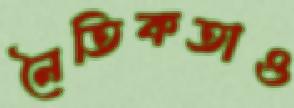
নৈতিকতাও